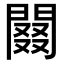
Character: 䦤